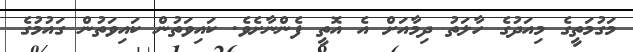
މަގުމަތީގެ މިއަދުގެ ހާލަތު ދިމާއަށް އެ އޮތީ ފެންނާށެވެ. ކައިވަތުން ކައިވަތުން ގައުމުގެ